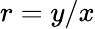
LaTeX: r=y/x